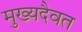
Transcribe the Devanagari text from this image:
मुख्यदैवत